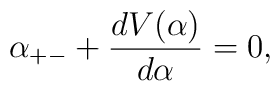
\alpha_{+-}+\frac{dV(\alpha)}{d\alpha}=0,